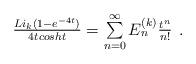
LaTeX: \begin{align*}\begin{array}{c}\frac{Li_k(1-e^{-4t})}{4tcosht}=\sum\limits_{n=0}^{\infty}E_{n}^{(k)}{t^{n}\over n!}\end{array}.\end{align*}